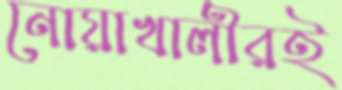
নোয়াখালীরই